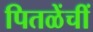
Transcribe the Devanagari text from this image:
पितळेंचीं